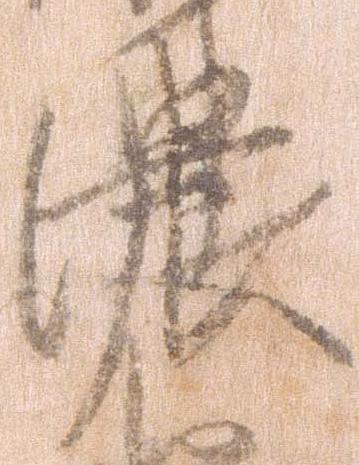
濃